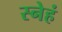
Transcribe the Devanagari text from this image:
स्नेहं